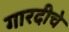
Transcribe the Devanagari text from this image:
गारदीचे